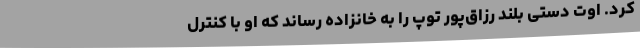
کرد. اوت دستی بلند رزاق‌پور توپ را به خانزاده رساند که او با کنترل